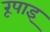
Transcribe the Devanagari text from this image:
रूपाइ